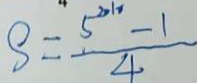
\beta = \frac { 5 ^ { 2 1 1 0 } - 1 } { 4 }